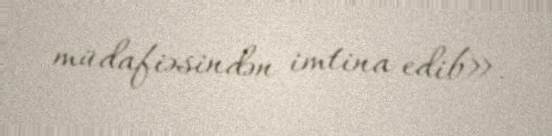
müdafiəsindən imtina edib».